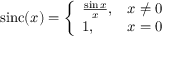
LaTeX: \operatorname { s i n c } ( x ) = { \left\{ \begin{array} { l l } { { \frac { \sin x } { x } } , } & { x \neq 0 } \\ { 1 , } & { x = 0 } \end{array} \right. }